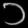
Digit: ၁